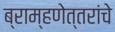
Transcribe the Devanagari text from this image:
ब्राम्हणेत्तरांचे